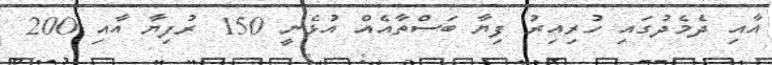
އާއި ދެމެދުގައި ހުރިއިރު ފިޔާ ބަސްތާއެއް އުޅެނީ 150 ރުފިޔާ އާއި 200